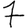
Digit: 7